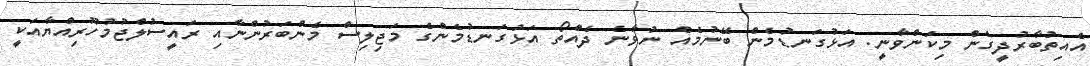
އެއިތުބާރުދީގެން މިކަންވާނީ. އަޅުގަނޑުމެން ބޭނުމެއް ނުވާނެ ދެއްތޯ އަޅުގަނޑުމެންގެ މަޖިލިސް މެންބަރުންނާއި ރައީސުލްޖުމުހޫރިއްޔާއަކީ